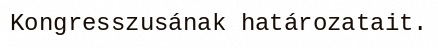
Kongresszusának határozatait.